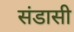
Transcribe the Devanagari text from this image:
संडासी